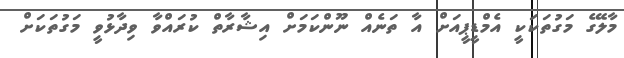
މާލޭގެ މަގުތަކަކީ އެމްޑީޕީއަށް އާ ތަނެއް ނޫންކަމަށް އިޝާރާތް ކުރައްވާ ވިދާޅުވީ މަގުތަކަށް